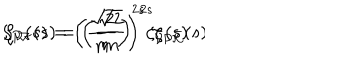
LaTeX: \zeta _ { P { \cal K } } ( s ) = \left( \frac { \sqrt { 2 } } { m } \right) ^ { 2 s } \zeta _ { P \bar { \cal K } } ( s ) \hspace { 1 c m } , \hspace { 1 c m } \zeta _ { \cal V } ( s ) = \left( \frac { \sqrt { 2 } } { m } \right) ^ { 2 s } \zeta _ { \bar { \cal V } } ( s ) \, .